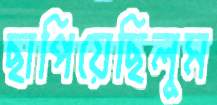
ছাপিয়েছিলুম